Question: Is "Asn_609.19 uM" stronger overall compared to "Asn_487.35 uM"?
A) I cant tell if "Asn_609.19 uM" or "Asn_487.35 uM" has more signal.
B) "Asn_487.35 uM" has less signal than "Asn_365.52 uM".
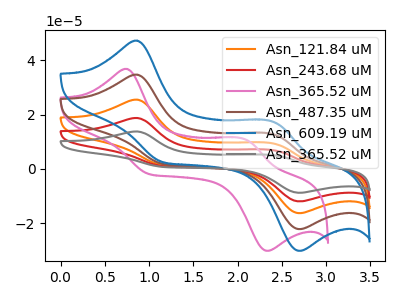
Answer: <think>The orange curve "Asn_121.84 uM" has anodic peaks at (0.85V, 69.40uA) (2.40V, 25.10uA) and cathodic peaks at (1.15V, 3.65uA) (2.70V, -44.30uA). The red curve "Asn_243.68 uM" has anodic peaks at (0.85V, 104.10uA) (2.40V, 37.65uA) and cathodic peaks at (1.15V, 5.50uA) (2.70V, -66.50uA). The pink curve "Asn_365.52 uM" has anodic peaks at (0.75V, 36.80uA) (2.10V, 10.75uA) and cathodic peaks at (1.00V, -1.90uA) (2.35V, -30.15uA). The brown curve "Asn_487.35 uM" has anodic peaks at (0.85V, 34.70uA) (2.40V, 12.55uA) and cathodic peaks at (1.15V, 1.85uA) (2.70V, -22.15uA). The blue curve "Asn_609.19 uM" has anodic peaks at (0.85V, 47.20uA) (2.40V, 17.10uA) and cathodic peaks at (1.15V, 2.50uA) (2.70V, -30.15uA). The gray curve "Asn_365.52 uM" has anodic peaks at (0.85V, 138.80uA) (2.40V, 50.25uA) and cathodic peaks at (1.15V, 7.35uA) (2.70V, -88.65uA).
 All the peaks in "Asn_609.19 uM" have a peak in "Asn_487.35 uM" at the same potential.</think>
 <answer>A) I cant tell if "Asn_609.19 uM" or "Asn_487.35 uM" has more signal.</answer>
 <eval>A</eval>